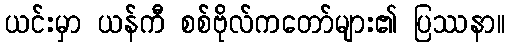
ယင်းမှာ ယန်ကီ စစ်ဗိုလ်ကတော်များ၏ ပြဿနာ။